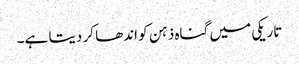
تاریکی میں گناہ ذہن کو اندھا کر دیتا ہے۔